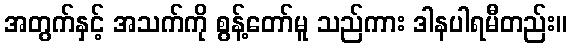
အတွက်နှင့် အသက်ကို စွန့်တော်မူ သည်ကား ဒါနပါရမီတည်း။